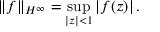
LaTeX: \| f \| _ { H ^ { \infty } } = \operatorname* { s u p } _ { | z | < 1 } \left| f ( z ) \right| .